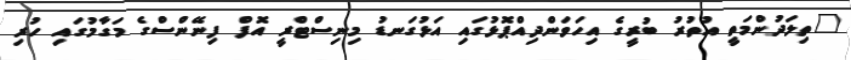
"ތިލަދުންމަތީ އުތުރު ބުރީގެ އިހަވަންދިއްޕޮޅުގައި އަޅުގަނޑު މިނިސްޓްރީ އޮފް ފިނޭންސްގެ މަގާމުގައި ހުރި